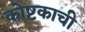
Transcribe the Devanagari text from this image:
कोष्टकाची